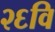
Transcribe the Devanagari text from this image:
२६वि